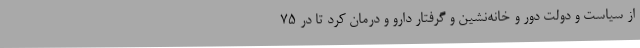
از سیاست و دولت دور و خانه‌نشین و گرفتار دارو و درمان کرد تا در 75